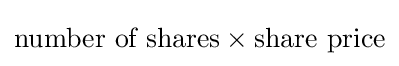
{\text{number of shares}}\times {\text{share price}}